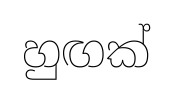
හුඟක්